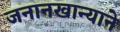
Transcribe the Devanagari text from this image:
जनानखान्याने